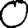
Digit: 0